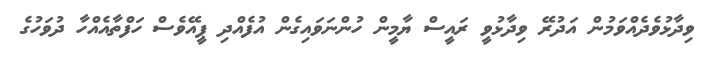
ވިދާޅުވެދެއްވަމުން އަދުރޭ ވިދާޅުވީ ރައީސް ޔާމީން ހުންނަވައިގެން އުފެއްދި ޕީއޭވެސް ހަފްތާއެއްހާ ދުވަހުގެ